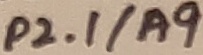
Text: P2.1/A9